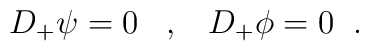
D_{+}\psi=0 \;\;\;,\;\;\; D_{+}\phi=0 \;\;.